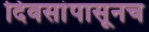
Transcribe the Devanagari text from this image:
दिवसांपासूनच